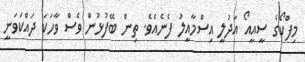
މިފްކޯގެ ސީއީއޯ އަދުލީ އިސްމާއީލު ފެނެއެވެ. ތިން ބޭފުޅުން ވެސް ވާހަކަ ދައްކަވަނީ